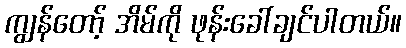
ကျွန်တော့် အိမ်ကို ဖုန်းခေါ်ချင်ပါတယ်။